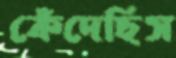
কেঁদেছিস